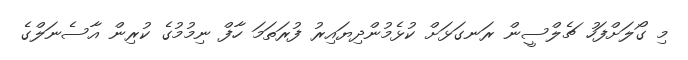
މި ގޯލަށްފަހު ޗެލްސީން ރަނގަޅަށް ކުޅެމުންދިޔައިރު ފުރަތަމަ ހާފް ނިމުމުގެ ކުރިން އާސެނަލްގެ